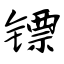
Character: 镖